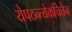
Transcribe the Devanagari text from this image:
येपठन्त्येकचित्तेन